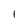
Character: 1